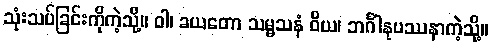
သုံးသပ်ခြင်းကိုကဲ့သို့။ ဝါ၊ ခယတော သမ္မသနံ ဝိယ၊ ဘင်္ဂါနုပဿနာကဲ့သို့။